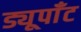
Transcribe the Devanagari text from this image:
ड्यूपाँट